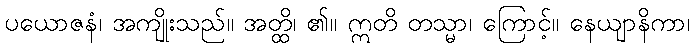
ပယောဇနံ၊ အကျိုးသည်။ အတ္ထိ၊ ၏။ ဣတိ တသ္မာ၊ ကြောင့်။ နေယျာနိကာ၊